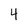
Character: 4